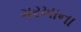
ગરખાના